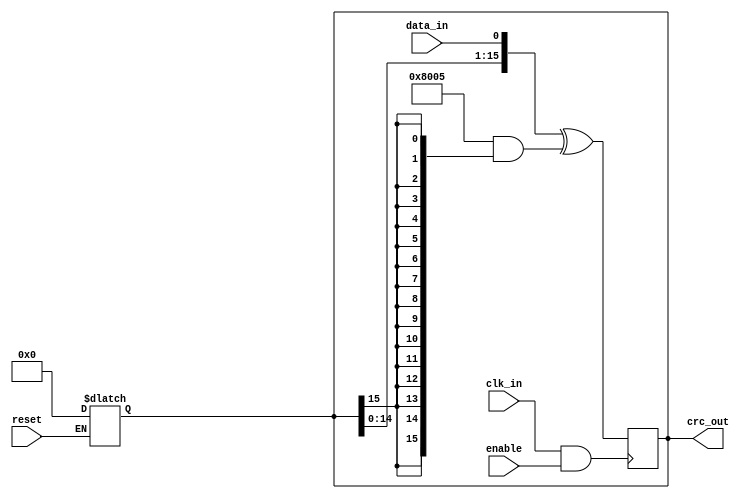
module crc(
    input data_in,
    input clk_in,
    input reset,
    input enable,

    output reg [CRC_LEN-1:0] crc_out
);

    parameter CRC_LEN = 16;

    // Does not include the MSB and includes the LSB (which is always one)
    parameter CRC_POLYNOMIAL = 16'h8005;

    always @(reset)
        if(reset)
            crc_out <= 0;

    wire crc_msb = crc_out[CRC_LEN-1];

    wire[CRC_LEN-1:0] crc_gated;
    wire[CRC_LEN-1:0] crc_next;
    
    assign crc_gated = CRC_POLYNOMIAL                   & {CRC_LEN{crc_msb}};

    assign crc_next  = {crc_out[CRC_LEN-2:0], data_in}  ^ crc_gated;

    always @(posedge (clk_in && enable)) begin
        crc_out     <= crc_next;        
    end

endmodule